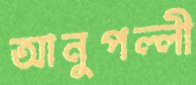
আনুপল্লী